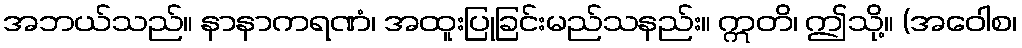
အဘယ်သည်။ နာနာကရဏံ၊ အထူးပြုခြင်းမည်သနည်း။ ဣတိ၊ ဤသို့။ (အဝေါစ၊